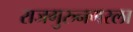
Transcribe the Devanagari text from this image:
राजगुरुनगरला